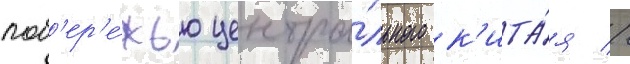
поб'ер'е́жью центра́льного к'ита́я //